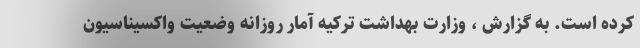
کرده است. به گزارش ، وزارت بهداشت ترکیه آمار روزانه وضعیت واکسیناسیون